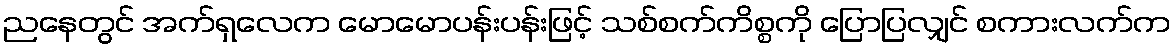
ညနေတွင် အက်ရှလေက မောမောပန်းပန်းဖြင့် သစ်စက်ကိစ္စကို ပြောပြလျှင် စကားလက်က